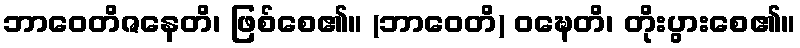
ဘာဝေတိဇနေတိ၊ ဖြစ်စေ၏။ (ဘာဝေတိ) ဝဍ္ဎေတိ၊ တိုးပွားစေ၏။